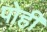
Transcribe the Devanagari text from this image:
पोही